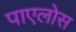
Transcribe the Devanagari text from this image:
पाएलोस